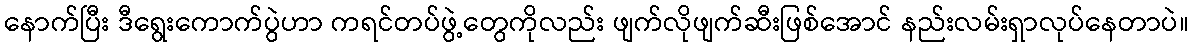
နောက်ပြီး ဒီရွေးကောက်ပွဲဟာ ကရင်တပ်ဖွဲ့တွေကိုလည်း ဖျက်လိုဖျက်ဆီးဖြစ်အောင် နည်းလမ်းရှာလုပ်နေတာပဲ။